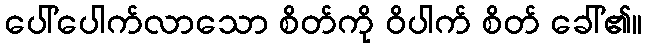
ပေါ်ပေါက်လာသော စိတ်ကို ဝိပါက် စိတ် ခေါ်၏။